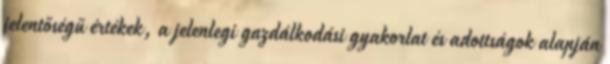
jelentőségű értékek, a jelenlegi gazdálkodási gyakorlat és adottságok alapján